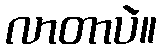
လာတာပဲ။